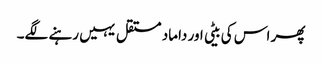
پھر اس کی بیٹی اور داماد مستقل یہیں رہنے لگے۔